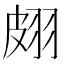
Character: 𦐢